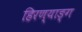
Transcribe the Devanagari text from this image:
हिरण्याङ्ग